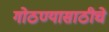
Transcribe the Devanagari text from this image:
गोठण्यासाठीचे